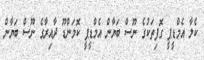
ކެލާ އެމްޑީޕީ ގޮފިތަކުގެ ނޫސް ބަޔާން އެމްޑީޕީ ކޮމަންޑޫ ދާއިރާގެ ނޫސް ބަޔާން